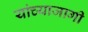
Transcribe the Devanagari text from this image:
यांच्याजागी